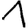
Digit: 1